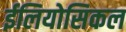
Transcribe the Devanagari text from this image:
ईलियोसिकल